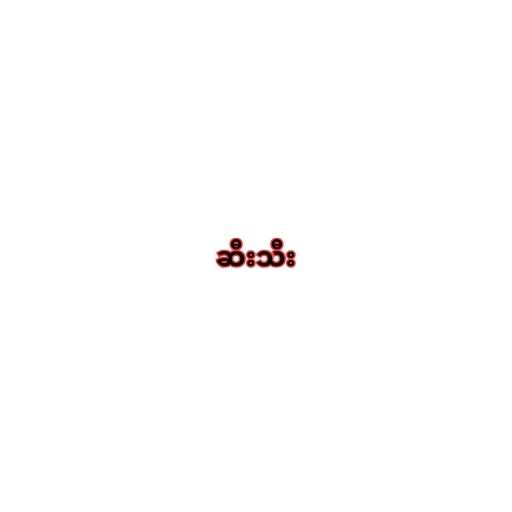
ဆီးသီး